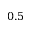
0 . 5